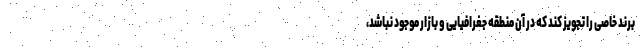
برند خاصی را تجویز کند که در آن منطقه جغرافیایی و بازار موجود نباشد،